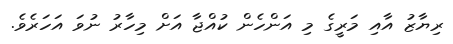
ރިޔާޒު އާއި މަރީގެ މި އަންހެން ކުއްޖާ އަށް މިހާރު ނުވަ އަހަރެވެ.